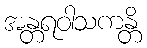
အန္တရဝါသကန္တိ